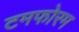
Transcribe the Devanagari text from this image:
टमफोरम